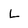
Character: L